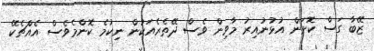
ޒޭބާ ގަސް ކޮށަން އުޅުނުއިރު މާވިން ވެސް ދޭތެރެއަކުން ނިކުމެ ކޮންމެވެސް އެއްޗެކޭ